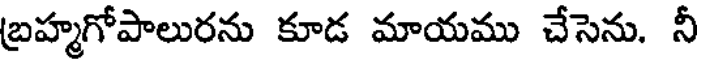
బ్రహ్మగోపాలురను కూడ మాయము చేసెను. నీ